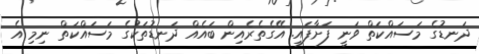
ދަނޑުގެ މަސައްކަތް ވަނީ ފަށާފައި. އޭގެތެރެއިން ބައެއް ދަނޑުތަކުގެ މަސައްކަތް ނިމި އެ